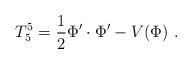
LaTeX: \begin{align*}T_5^5 = {1\over 2} \Phi'\cdot \Phi' - V(\Phi)~.\end{align*}